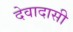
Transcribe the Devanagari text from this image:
देवादासी